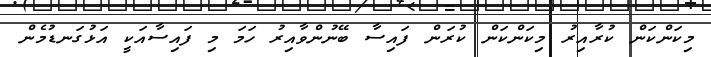
މިކަންކަން ކުރާއިރު މިކަންކަން ކުރަން ފައިސާ ބޭނުންވާއިރު ހަމަ މި ފައިސާއަކީ އަޅުގަނޑުމެން